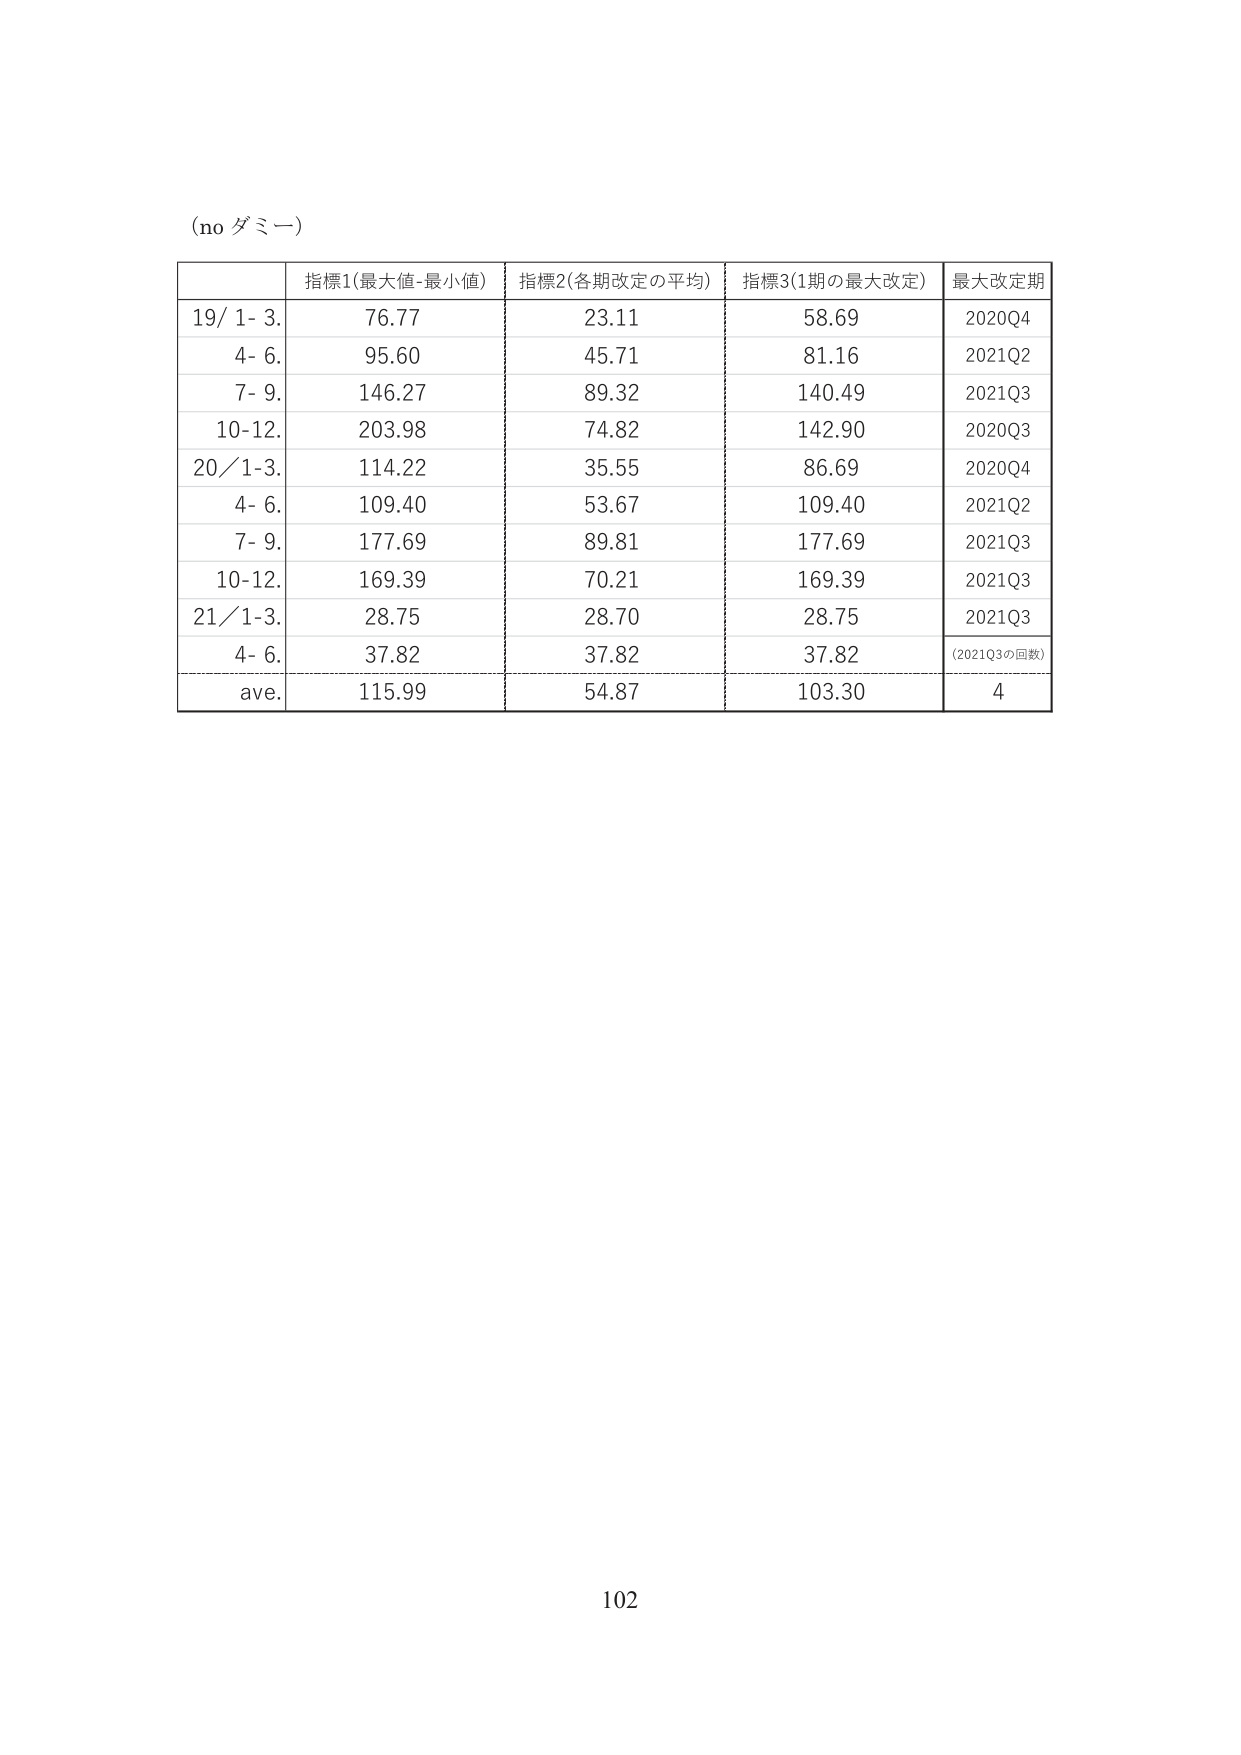
(no ダミー)

指標1(最大値-最小値) 指標2(各期改定の平均) 指標3(1期の最大改定) 最大改定期
19/ 1- 3. 76.77 23.11 58.69 2020Q4
4- 6. 95.60 45.71 81.16 2021Q2
7- 9. 146.27 89.32 140.49 2021Q3
10-12. 203.98 74.82 142.90 2020Q3
20/ 1-3. 114.22 35.55 86.69 2020Q4
4- 6. 109.40 53.67 109.40 2021Q2
7- 9. 177.69 89.81 177.69 2021Q3
10-12. 169.39 70.21 169.39 2021Q3
21/ 1-3. 28.75 28.70 28.75 2021Q3
4- 6. 37.82 37.82 37.82 (2021Q3の回数)
ave. 115.99 54.87 103.30 4

102